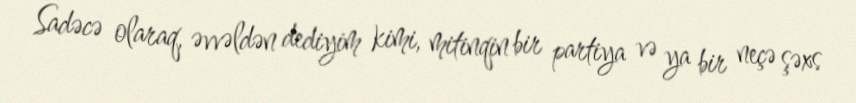
Sadəcə olaraq, əvvəldən dediyim kimi, mitinqin bir partiya və ya bir neçə şəxs